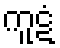
ကူဋံ